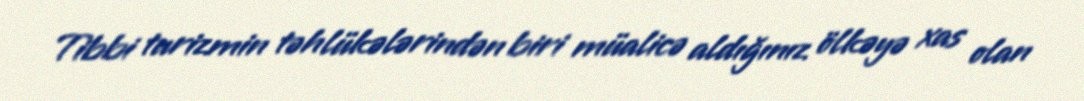
Tibbi turizmin təhlükələrindən biri müalicə aldığınız ölkəyə xas olan